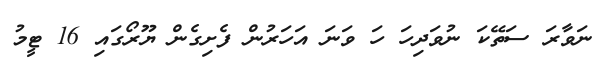
ނަވާރަ ސަތޭކަ ނުވަދިހަ ހަ ވަނަ އަހަރުން ފެށިގެން ޔޫރޯގައި 16 ޓީމު